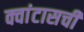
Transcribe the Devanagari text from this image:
क्वांटासची